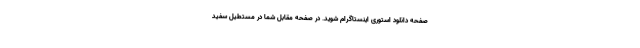
صفحه دانلود استوری اینستاگرام شوید. در صفحه مقابل شما در مستطیل سفید